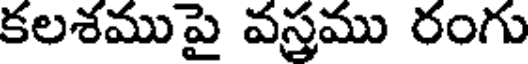
కలశముపై వస్త్రము రంగు